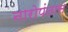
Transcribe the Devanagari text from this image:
नारोपंतास